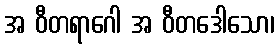
အ ဝီတရာဂေါ အ ဝီတဒေါသော၊